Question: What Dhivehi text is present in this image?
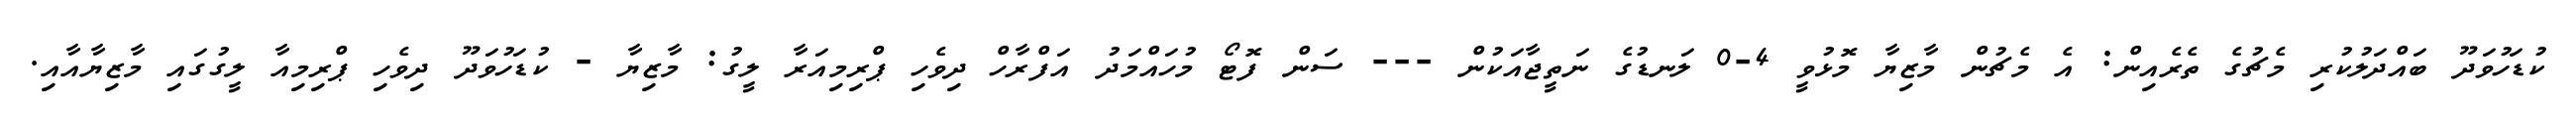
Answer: ކުޑަހުވަދޫ ބައްދަލުކުރި މެޗުގެ ތެރެއިން: އެ މެޗުން މާޒިޔާ މޮޅުވީ 4-0 ލަނޑުގެ ނަތީޖާއަކުން --- ސަން ފޮޓޯ މުހައްމަދު އަފްރާހް ދިވެހި ޕްރިމިއަރާ ލީގު: މާޒިޔާ - ކުޑަހުވަދޫ ދިވެހި ޕްރިމިއާ ލީގުގައި މާޒިޔާއާއި.